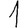
Digit: 1